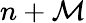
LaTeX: n+\mathcal{M}